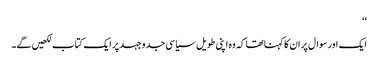
‘‘
ایک اور سوال پر ان کا کہنا تھا کہ وہ اپنی طویل سیاسی جدوجہد پر ایک کتاب لکھیں گے۔